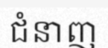
ជំនាញ